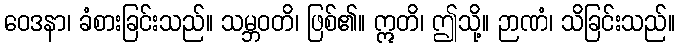
ဝေဒနာ၊ ခံစားခြင်းသည်။ သမ္ဘဝတိ၊ ဖြစ်၏။ ဣတိ၊ ဤသို့။ ဉာဏံ၊ သိခြင်းသည်။